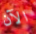
الآن